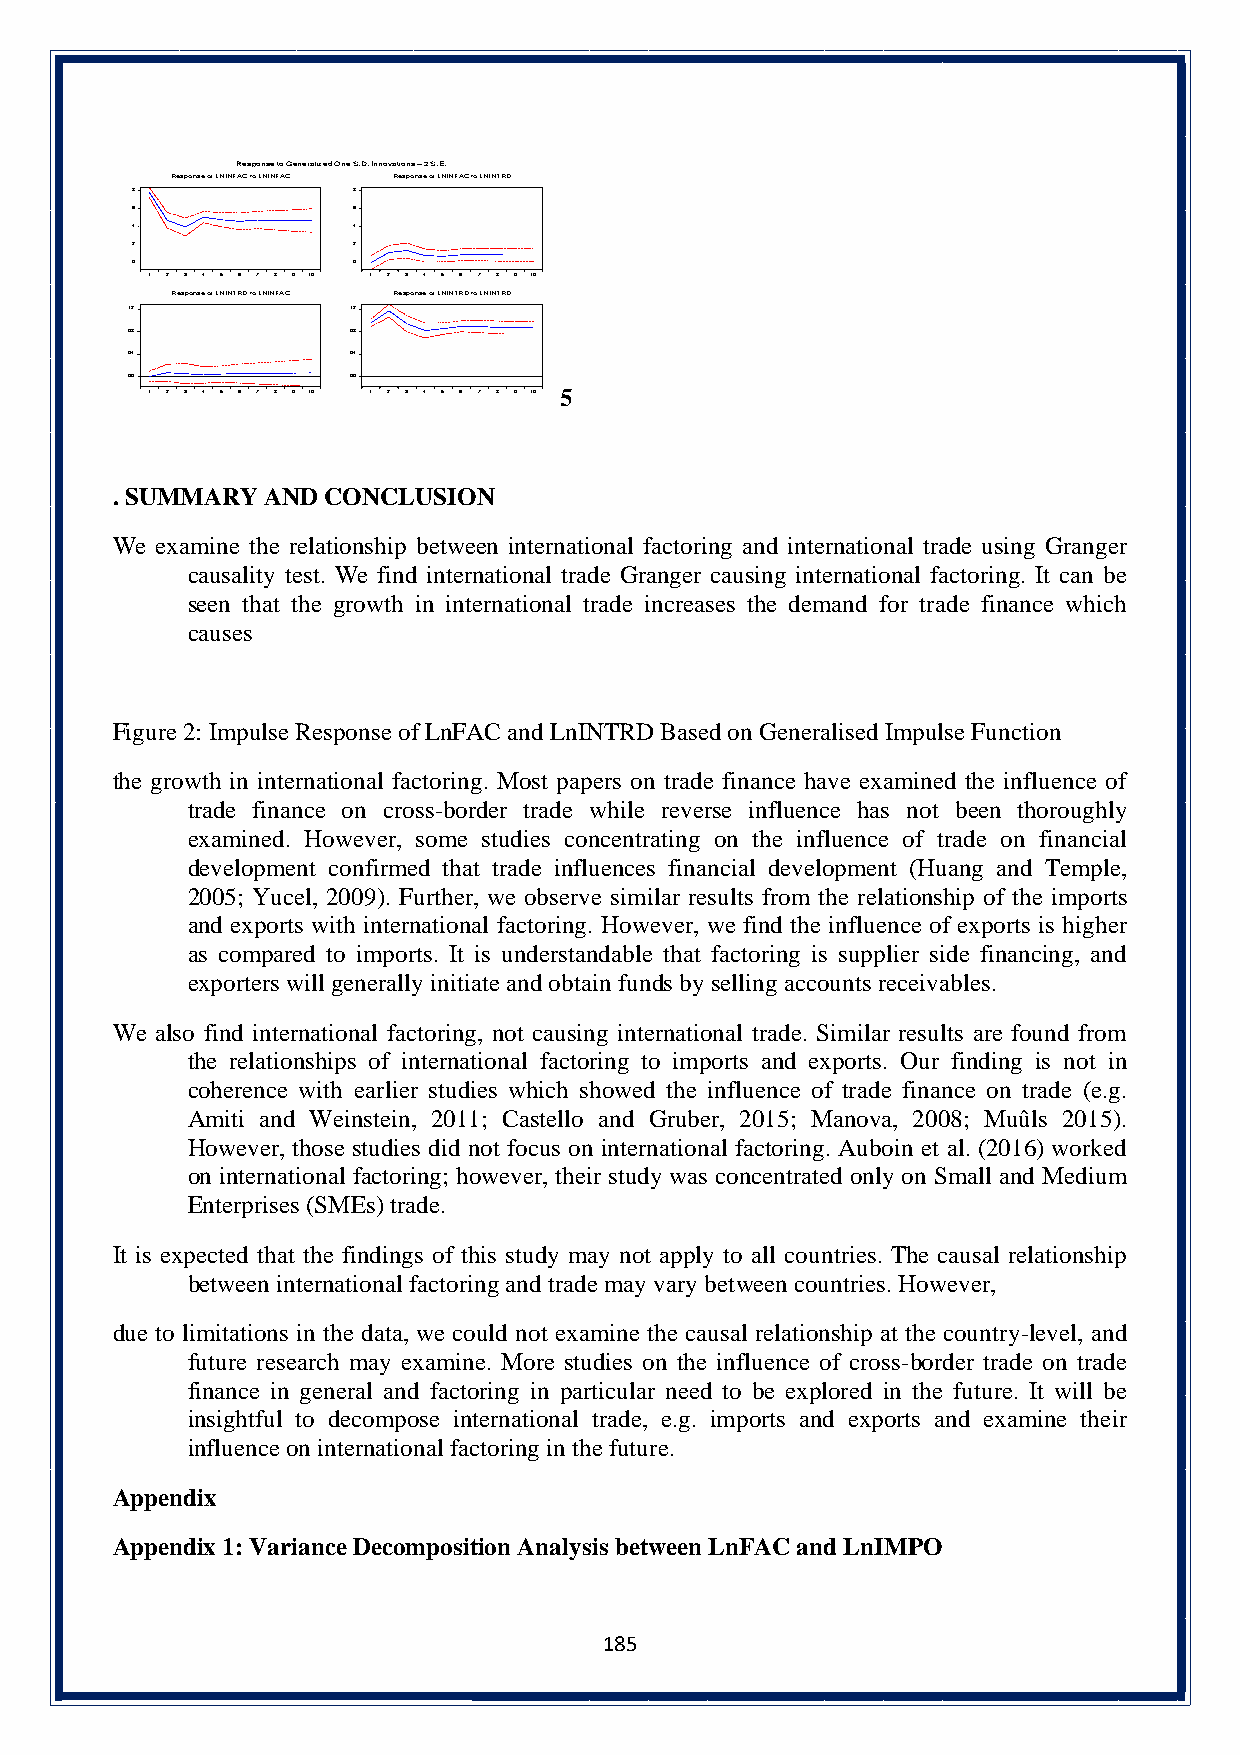
Response to Generalized One S.D. Innovations – 2 S.E.
 Response of LNINFAC to LNINFAC Response of LNINFAC to LNINTRD
 .8            .8
 .6            .6
 .4            .4
 .2            .2
 .0            .0
 1 2 3 4 5 6 7 8 9 10 1 2 3 4 5 6 7 8 9 10
 Response of LNINTRD to LNINFAC Response of LNINTRD to LNINTRD
 .12            .12
 .08            .08
 .04            .04
 .00            .00
 1 2 3 4 5 6 7 8 9 10 1 2 3 4 5 6 7 8 9 10 5
 . SUMMARY  AND CONCLUSION
 We examine the relationship between international factoring and international trade using Granger
 causality test. We find international trade Granger causing international factoring. It can be
 seen that the growth in international trade increases the demand for trade finance which
 causes
 Figure 2: Impulse Response of LnFAC and LnINTRD Based on Generalised Impulse Function
 the growth in international factoring. Most papers on trade finance have examined the influence of
 trade finance on cross-border trade while reverse influence has not been thoroughly
 examined. However, some studies concentrating on the influence of trade on financial
 development confirmed that trade influences financial development (Huang and Temple,
 2005; Yucel, 2009). Further, we observe similar results from the relationship of the imports
 and exports with international factoring. However, we find the influence of exports is higher
 as compared to imports. It is understandable that factoring is supplier side financing, and
 exporters will generally initiate and obtain funds by selling accounts receivables.
 We also find international factoring, not causing international trade. Similar results are found from
 the relationships of international factoring to imports and exports. Our finding is not in
 coherence with earlier studies which showed the influence of trade finance on trade (e.g.
 Amiti and Weinstein, 2011; Castello and Gruber, 2015; Manova, 2008; Muûls 2015).
 However, those studies did not focus on international factoring. Auboin et al. (2016) worked
 on international factoring; however, their study was concentrated only on Small and Medium
 Enterprises (SMEs) trade.
 It is expected that the findings of this study may not apply to all countries. The causal relationship
 between international factoring and trade may vary between countries. However,
 due to limitations in the data, we could not examine the causal relationship at the country-level, and
 future research may examine. More studies on the influence of cross-border trade on trade
 finance in general and factoring in particular need to be explored in the future. It will be
 insightful to decompose international trade, e.g. imports and exports and examine their
 influence on international factoring in the future.
 Appendix
 Appendix 1: Variance Decomposition Analysis between LnFAC and LnIMPO
 185